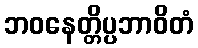
ဘဝနေတ္တိပ္ပဘာဝိတံ